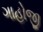
ગાહોજી